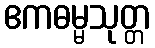
ဧကဓမ္မသုတ္တ